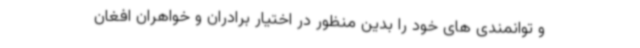
و توانمندی های خود را بدین منظور در اختیار برادران و خواهران افغان